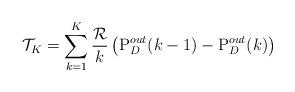
LaTeX: \begin{align*}{\mathcal{T}_K} = \sum\limits_{k = 1}^K {\frac{\mathcal R}{k}} \left( {{\rm{P}}_D^{out}(k - 1) - {\rm{P}}_D^{out}(k)} \right)\end{align*}